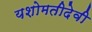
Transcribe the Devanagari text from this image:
यशोमतीदेवी